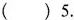
()5.